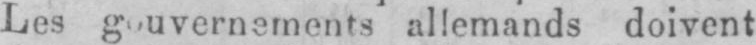
Les gouvernements allemands doivent